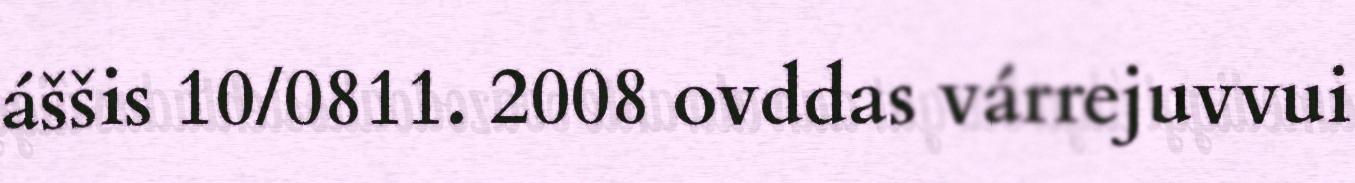
áššis 10/0811. 2008 ovddas várrejuvvui